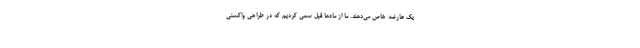
یک عارضه خاص می‌دهند. ما از ماه‌ها قبل سعی کردیم که در طراحی واکسنی